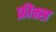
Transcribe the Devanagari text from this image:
फ्रीक्स